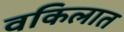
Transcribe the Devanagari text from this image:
वकिलात